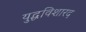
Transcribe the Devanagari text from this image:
युद्धविशारद